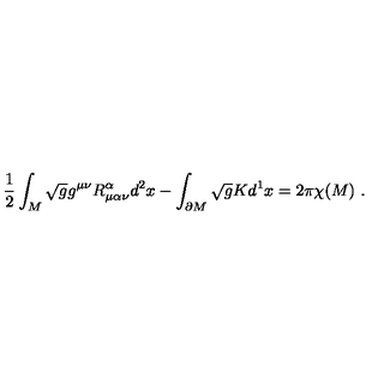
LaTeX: \frac { 1 } { 2 } \int _ { M } \sqrt { g } g ^ { \mu \nu } R _ { \mu \alpha \nu } ^ { \alpha } d ^ { 2 } x - \int _ { \partial M } \sqrt { g } K d ^ { 1 } x = 2 \pi \chi ( M ) \ .